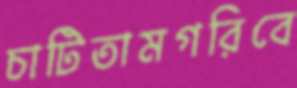
চাটিতামগরিবে